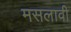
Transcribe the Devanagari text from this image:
मसलावी